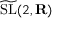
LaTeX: { \widetilde \mathrm { { S L } } } ( 2 , \mathbf { R } )